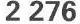
2 276